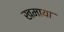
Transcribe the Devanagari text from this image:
खमाया